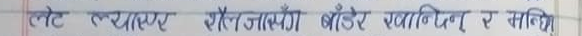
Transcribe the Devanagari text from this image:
तट व्याख्याय प्रैजाँडा बोडर गणित र माथि